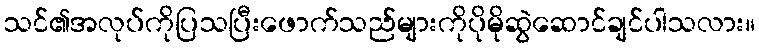
သင်၏အလုပ်ကိုပြသပြီးဖောက်သည်များကိုပိုမိုဆွဲဆောင်ချင်ပါသလား။